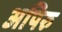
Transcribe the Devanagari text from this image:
अपिरु